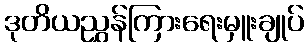
ဒုတိယညွှန်ကြားရေးမှူးချုပ်